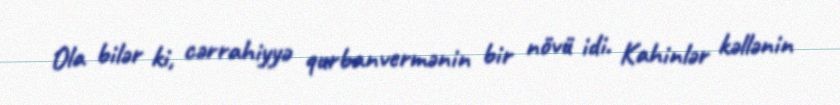
Ola bilər ki, cərrahiyyə qurbanvermənin bir növü idi. Kahinlər kəllənin